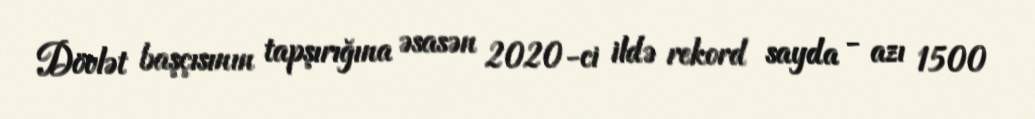
Dövlət başçısının tapşırığına əsasən 2020-ci ildə rekord sayda - azı 1500